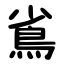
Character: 䲵